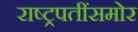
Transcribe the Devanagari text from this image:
राष्ट्रपतींसमोर